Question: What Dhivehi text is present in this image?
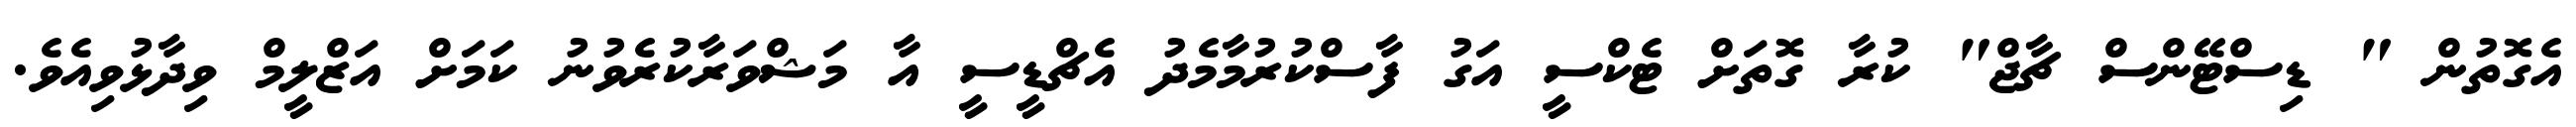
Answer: އެގޮތުން " ޑިސްޓޭންސް ޗާޖް" ކުރާ ގޮތަށް ޓެކްސީ އަގު ފާސްކުރުމާމެދު އެޗްޑީސީ އާ މަޝްވަރާކުރެވުނު ކަމަށް އަޒްލީމް ވިދާޅުވިއެވެ.